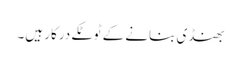
بھنڈی بنانے کے ٹوٹکے درکار ہیں۔